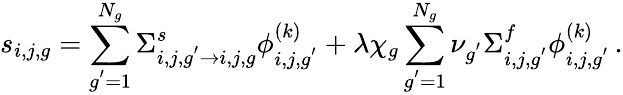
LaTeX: s_{i,j,g}=\sum_{g^{'}=1}^{N_{g}}\Sigma_{i,j,g^{'}\rightarrow i,j,g}^{s}\phi_{i,j,g^{'}}^{(k)}+\lambda\chi_{g}\sum_{g^{'}=1}^{N_{g}}\nu_{g^{'}}\Sigma_{i,j,g^{'}}^{f}\phi_{i,j,g^{'}}^{(k)}\, .